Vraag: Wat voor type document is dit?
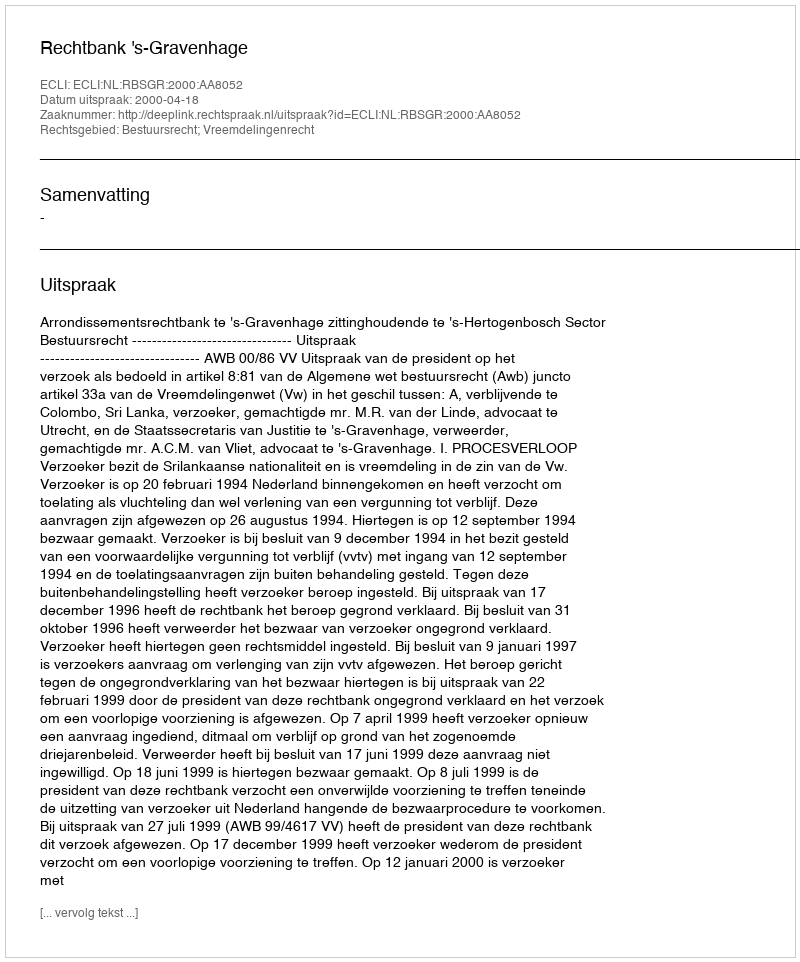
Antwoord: Uitspraak